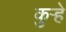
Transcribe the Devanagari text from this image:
कुऱ्हे